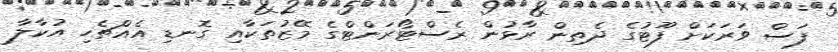
ފަސް ވަރަކަށް ފޫޓުގެ ދެތިން ރާޅުން ރެސްޓޯރަންޓްގެ މޭޒުތަކާއި ގޮނޑި އެއްޗެހި އުކާލާ